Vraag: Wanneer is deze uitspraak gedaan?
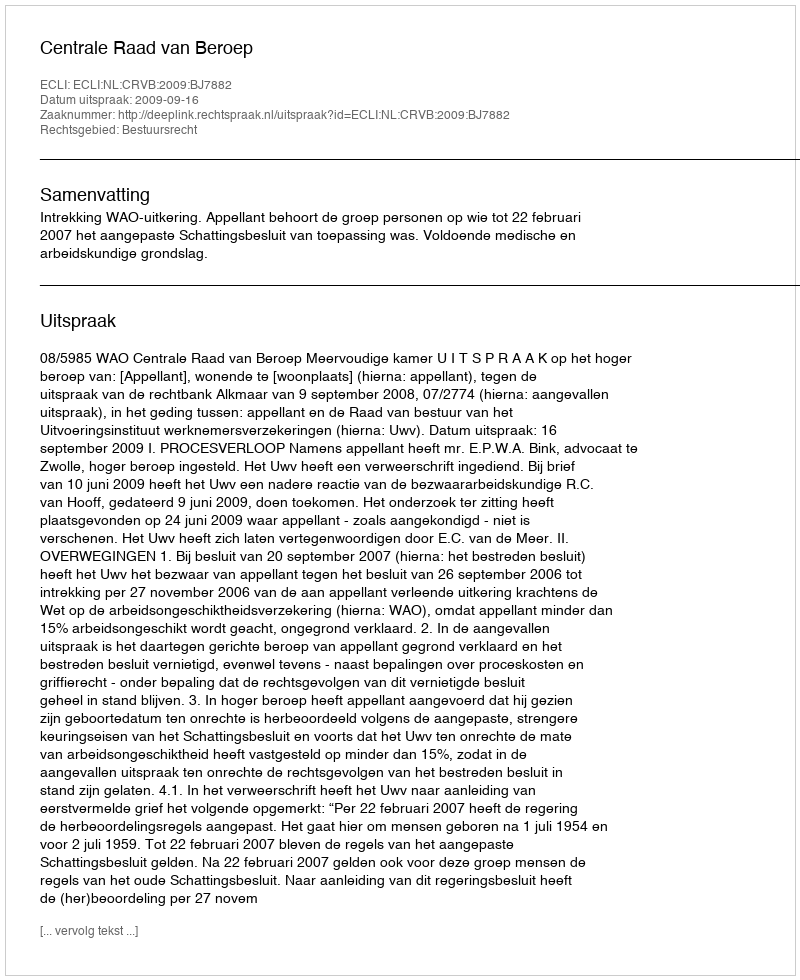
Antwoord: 2009-09-16